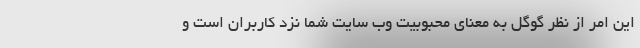
این امر از نظر گوگل به معنای محبوبیت وب سایت شما نزد کاربران است و